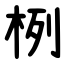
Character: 栵